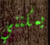
يمكنني